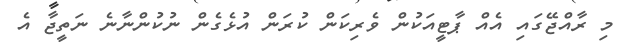
މި ރާއްޖޭގައި އެއް ޕާޓީއަކުން ވެރިކަން ކުރަން އުޅެގެން ނުކުންނާނެ ނަތީޖާ އެ